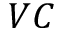
V C